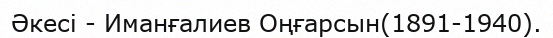
Әкесі - Иманғалиев Оңғарсын(1891-1940).